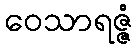
ဝေသာရဇ္ဇံ